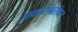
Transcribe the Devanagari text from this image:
प्रकारांबरोबर